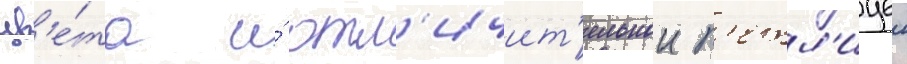
цв'е́та и́ отл'ичит'ельнои п'етл'ицеи